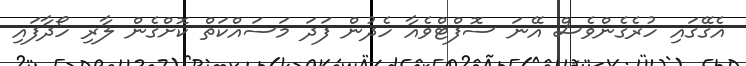
އެގޭގައި ހުރެގެންވެސް އޭނަ ސޮފްޓްވެއާ ހެދުން ފަދަ މަސައްކަތް ކޮށްގެން ލާރި ހޯދާފައި